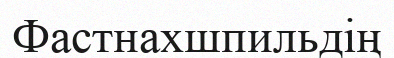
Фастнахшпильдің